Annual vaccination report of Bihar and Orissa - 1911-1928
Year: 1911
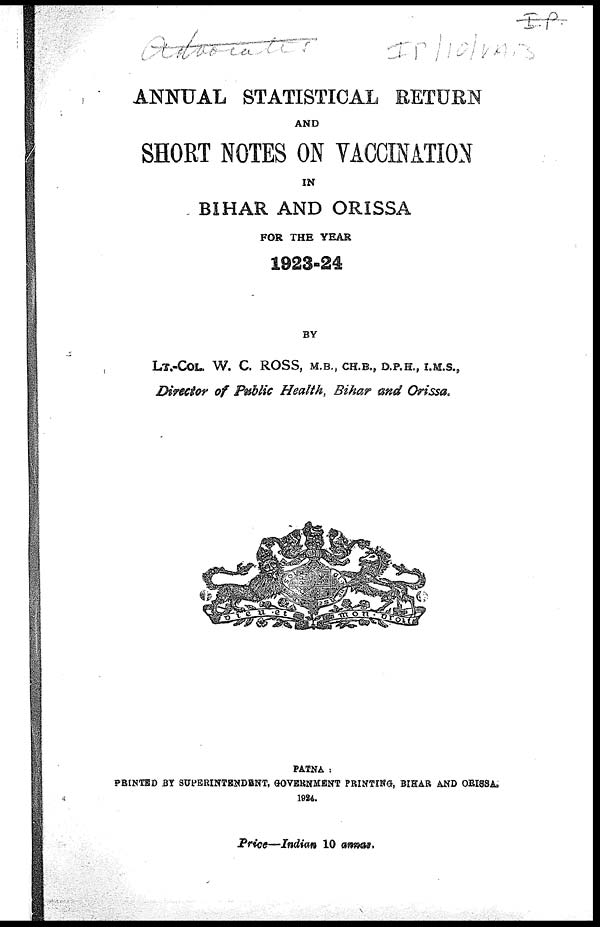
ANNUAL STATISTICAL RETURN
AND
SHORT NOTES ON VACCINATION
IN
BIHAR AND ORISSA
FOR THE YEAR
1923-24
BY
LT.-COL. W. C. ROSS, M.B., CH.B., D.P.H., I.M.S.,
Director of Public Health, Bihar and Orissa.
PATNA :
PRINTED BY SUPERINTENDENT, GOVERNMENT PRINTING, BIHAR AND ORISSA.
1924.
Price—Indian 10 annas.